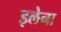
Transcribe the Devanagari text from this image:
इलेना